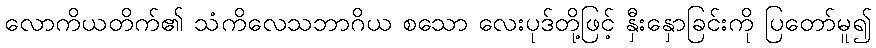
လောကိယတိက်၏ သံကိလေသဘာဂိယ စသော လေးပုဒ်တို့ဖြင့် နှီးနှောခြင်းကို ပြတော်မူ၍